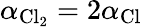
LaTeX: \alpha_{\mathrm{Cl_{2}}}=2\alpha_{\mathrm{Cl}}